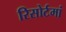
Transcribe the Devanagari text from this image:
रिसोर्टमां